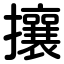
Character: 攘